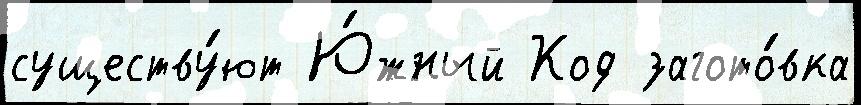
существу́ют Ю́жный Код загото́вка